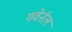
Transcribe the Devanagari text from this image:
गवेर्नल